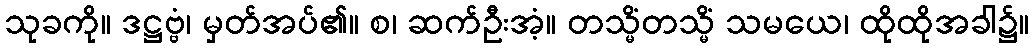
သုခကို။ ဒဋ္ဌဗ္ဗံ၊ မှတ်အပ်၏။ စ၊ ဆက်ဦးအံ့။ တသ္မိံတသ္မိံ သမယေ၊ ထိုထိုအခါ၌။